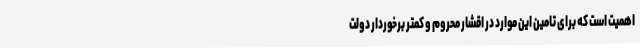
اهمیت است که برای تامین این موارد در اقشار محروم و کمتر برخوردار دولت